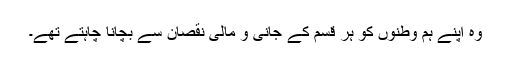
وہ اپنے ہم وطنوں کو ہر قسم کے جانی و مالی نقصان سے بچانا چاہتے تھے۔